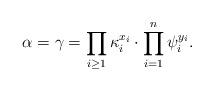
LaTeX: \begin{align*}\alpha=\gamma=\prod_{i\ge 1}\kappa_i^{x_i}\cdot\prod_{i=1}^n\psi_i^{y_i}.\end{align*}